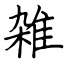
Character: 雑